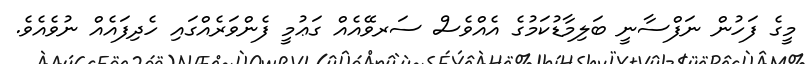
މީގެ ފަހުން ނަފްސާނީ ބަލިމާޑުކަމުގެ އެއްވެސް ސަރވޭއެއް ގަޢުމީ ފެންވަރެއްގައި ހެދިފައެއް ނުވެއެވެ.